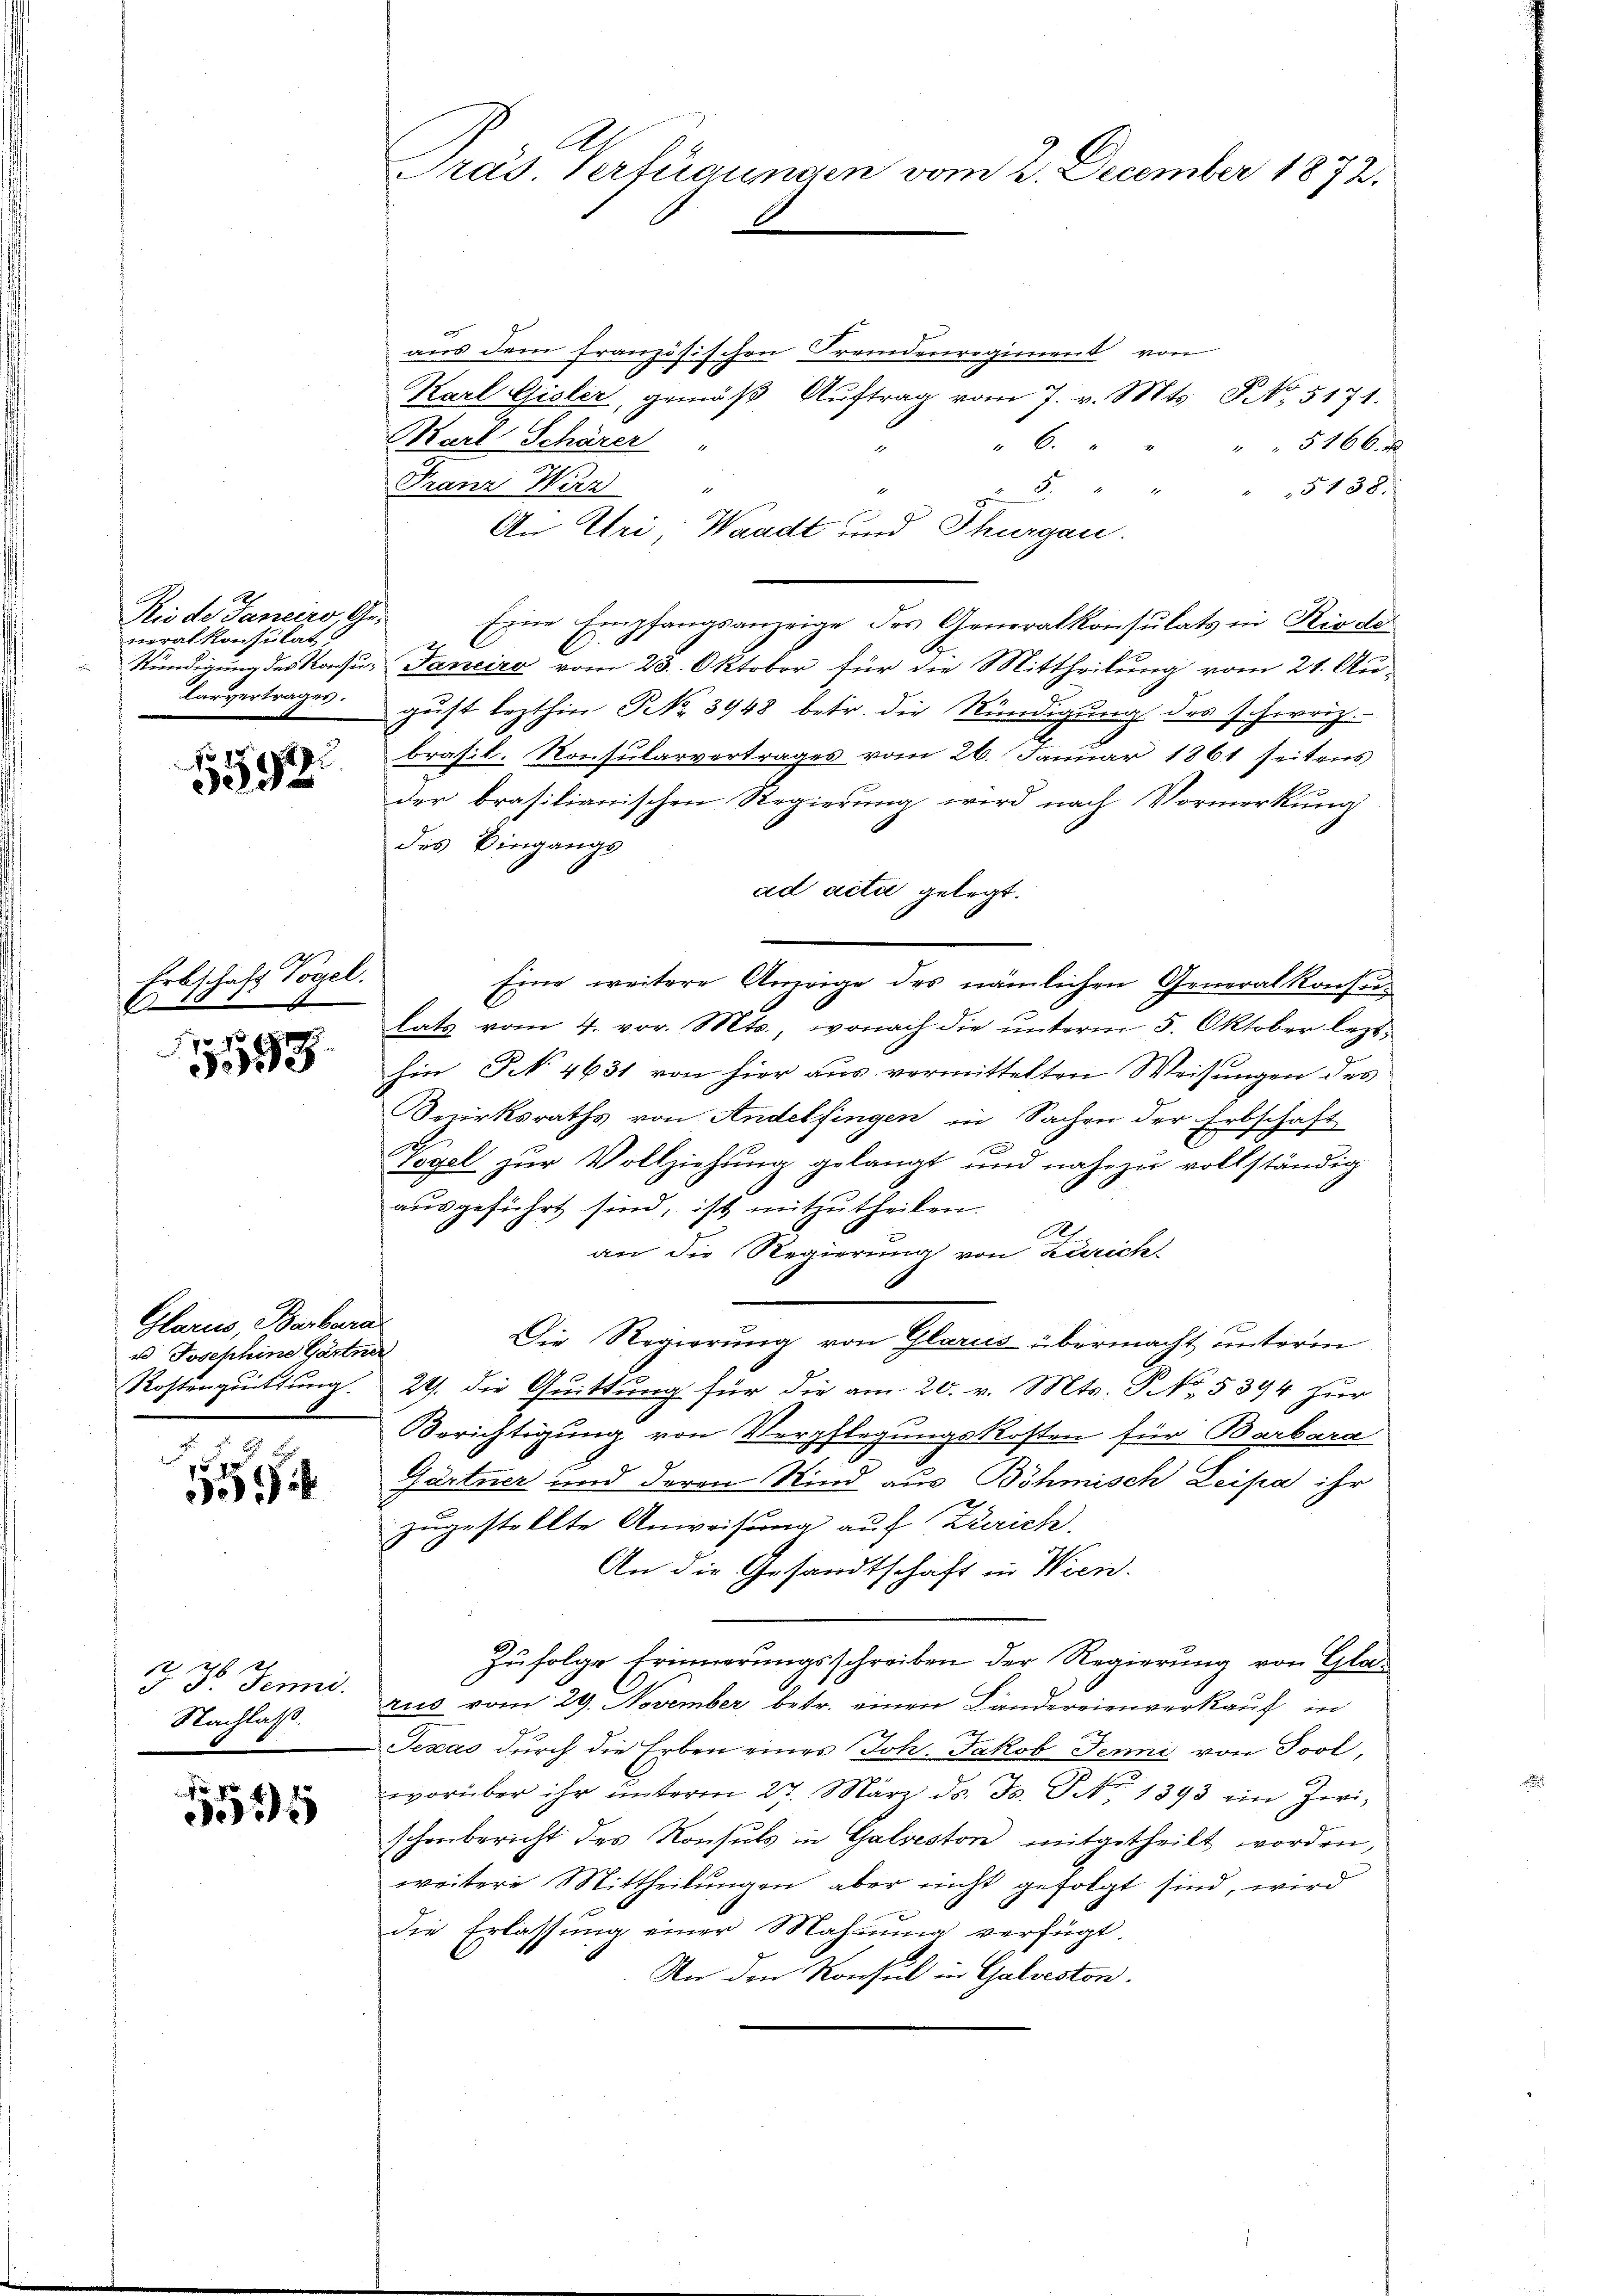
Rio de Janeiro, Ge-
veralkonsulat

5592.

Erbschaft Vogel.
bi
553

Glarus, Barbara
u Josephine Gärtner

7
5

121
J. F. Jenni.
Nachlaß.

70
4

Pras. Verfügungen vom 2. December 1872.
I

aus dem französischen Fremdenregiment von
Karl Gisler, gemäß Auftrag vom 7. v. Mts. No. 5171.
Karl Schärer
5166 x
" 6.
Franz Wirz
.
x
" 5138.
An Uri Waadt und Thurgau.
Eine Empfangsanzeige des Generalkonsulats in Riede
 Kündigung des Konsur Janeiro vom 23. Oktober für die Mittheilung vom 21. Aularvertrages gust lezthin No 3948 betr. die Kündigung des schweiz.
brasil. Konsularvertrages vom 26. Januar 1861 seitens
der brasilianischen Regierung wird nach Vormerkung
des Eingangs
ad acta gelegt.
Eine weitere Anzeige des nämlichen Generalkonsulats vom 4. vor. Mts., wonach die ŭnterm 5. Oktober lezt
hin, No 4631 von hier aus vermittelten Weisungen des
Kezirksraths von Andelfingen in Sachen der Erbschaft
s
Vogel zur Vollziehung gelangt und nahezu vollständig
aŭsgeführt sind, ist mitzŭtheilen.
A
an die Regierung von Zürich
Die Regierung von Glarus übermacht unterm
Rostenquittung 29. die Quittung für die am 20. v. Mts. S. No. 5394 zur
Berichtigung von Verpflegungskosten für Barbara
Gärtner und deren Kind aus Böhmisch Leipa ihr
zugestellte Anweisung auf Zürich.
An die Gesandtschaft in Wien.
Zufolge Erinnerungsschreiben der Regierung von Glarus vom 29. November, betr. einen Ländereienverkauf in
Texas durch die Erben eines Joh. Jakob Jenni von Jool,
worüber ihr ŭnterm 27. März d. Js. S. 1393 ein Zwischenbericht des Konsuls in Galveston mitgetheilt worden,
weitere Mittheilungen aber nicht gefolgt sind, wird
die Erlassung einer Mahnung verfügt.
An den Konsul in Galveston.